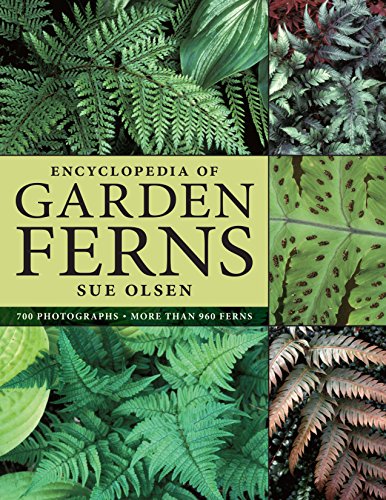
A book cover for Encyclopedia of Garden Ferns; Sue Olsen; Crafts, Hobbies & Home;